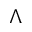
\Lambda